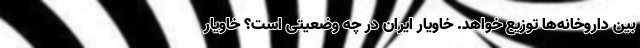
بین داروخانه‌ها توزیع خواهد. خاویار ایران در چه وضعیتی است؟ خاویار